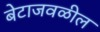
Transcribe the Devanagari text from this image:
बेटाजवळील